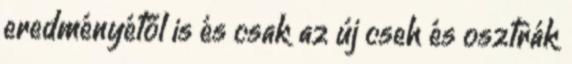
eredményétől is és csak az új cseh és osztrák